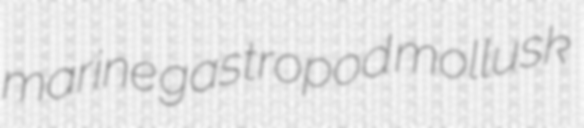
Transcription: marine gastropod mollusk